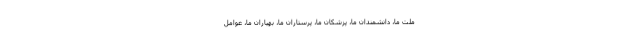
ملّت ما، دانشمندان ما، پزشکان ما، پرستاران ما، بهیاران ما، عوامل